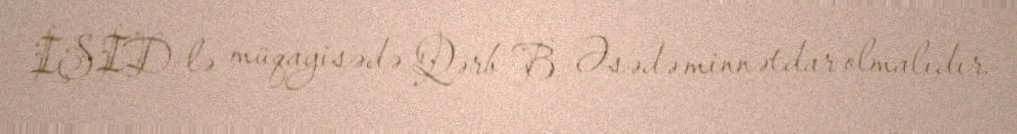
İŞİD-lə müqayisədə Qərb B. Əsədə minnətdar olmalıdır.